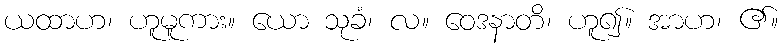
ယထာဟ၊ ဟူမူကား။ ယော သုခံ၊ လ။ ဝေဒနာတိ၊ ဟူ၍။ အာဟ၊ ၏။